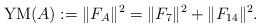
LaTeX: \begin{align*}{\rm YM}(A) := \Vert F_{A}\Vert^{2} =\Vert F_7\Vert^{2} +\Vert F_{14}\Vert^{2}.\end{align*}